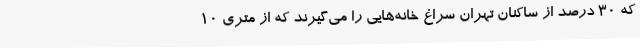
که ۳۰ درصد از ساکنان تهران سراغ خانه‌هایی را می‌گیرند که از متری ۱۰